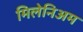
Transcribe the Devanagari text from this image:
मिलेनिअम